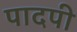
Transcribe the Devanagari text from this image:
पादपी